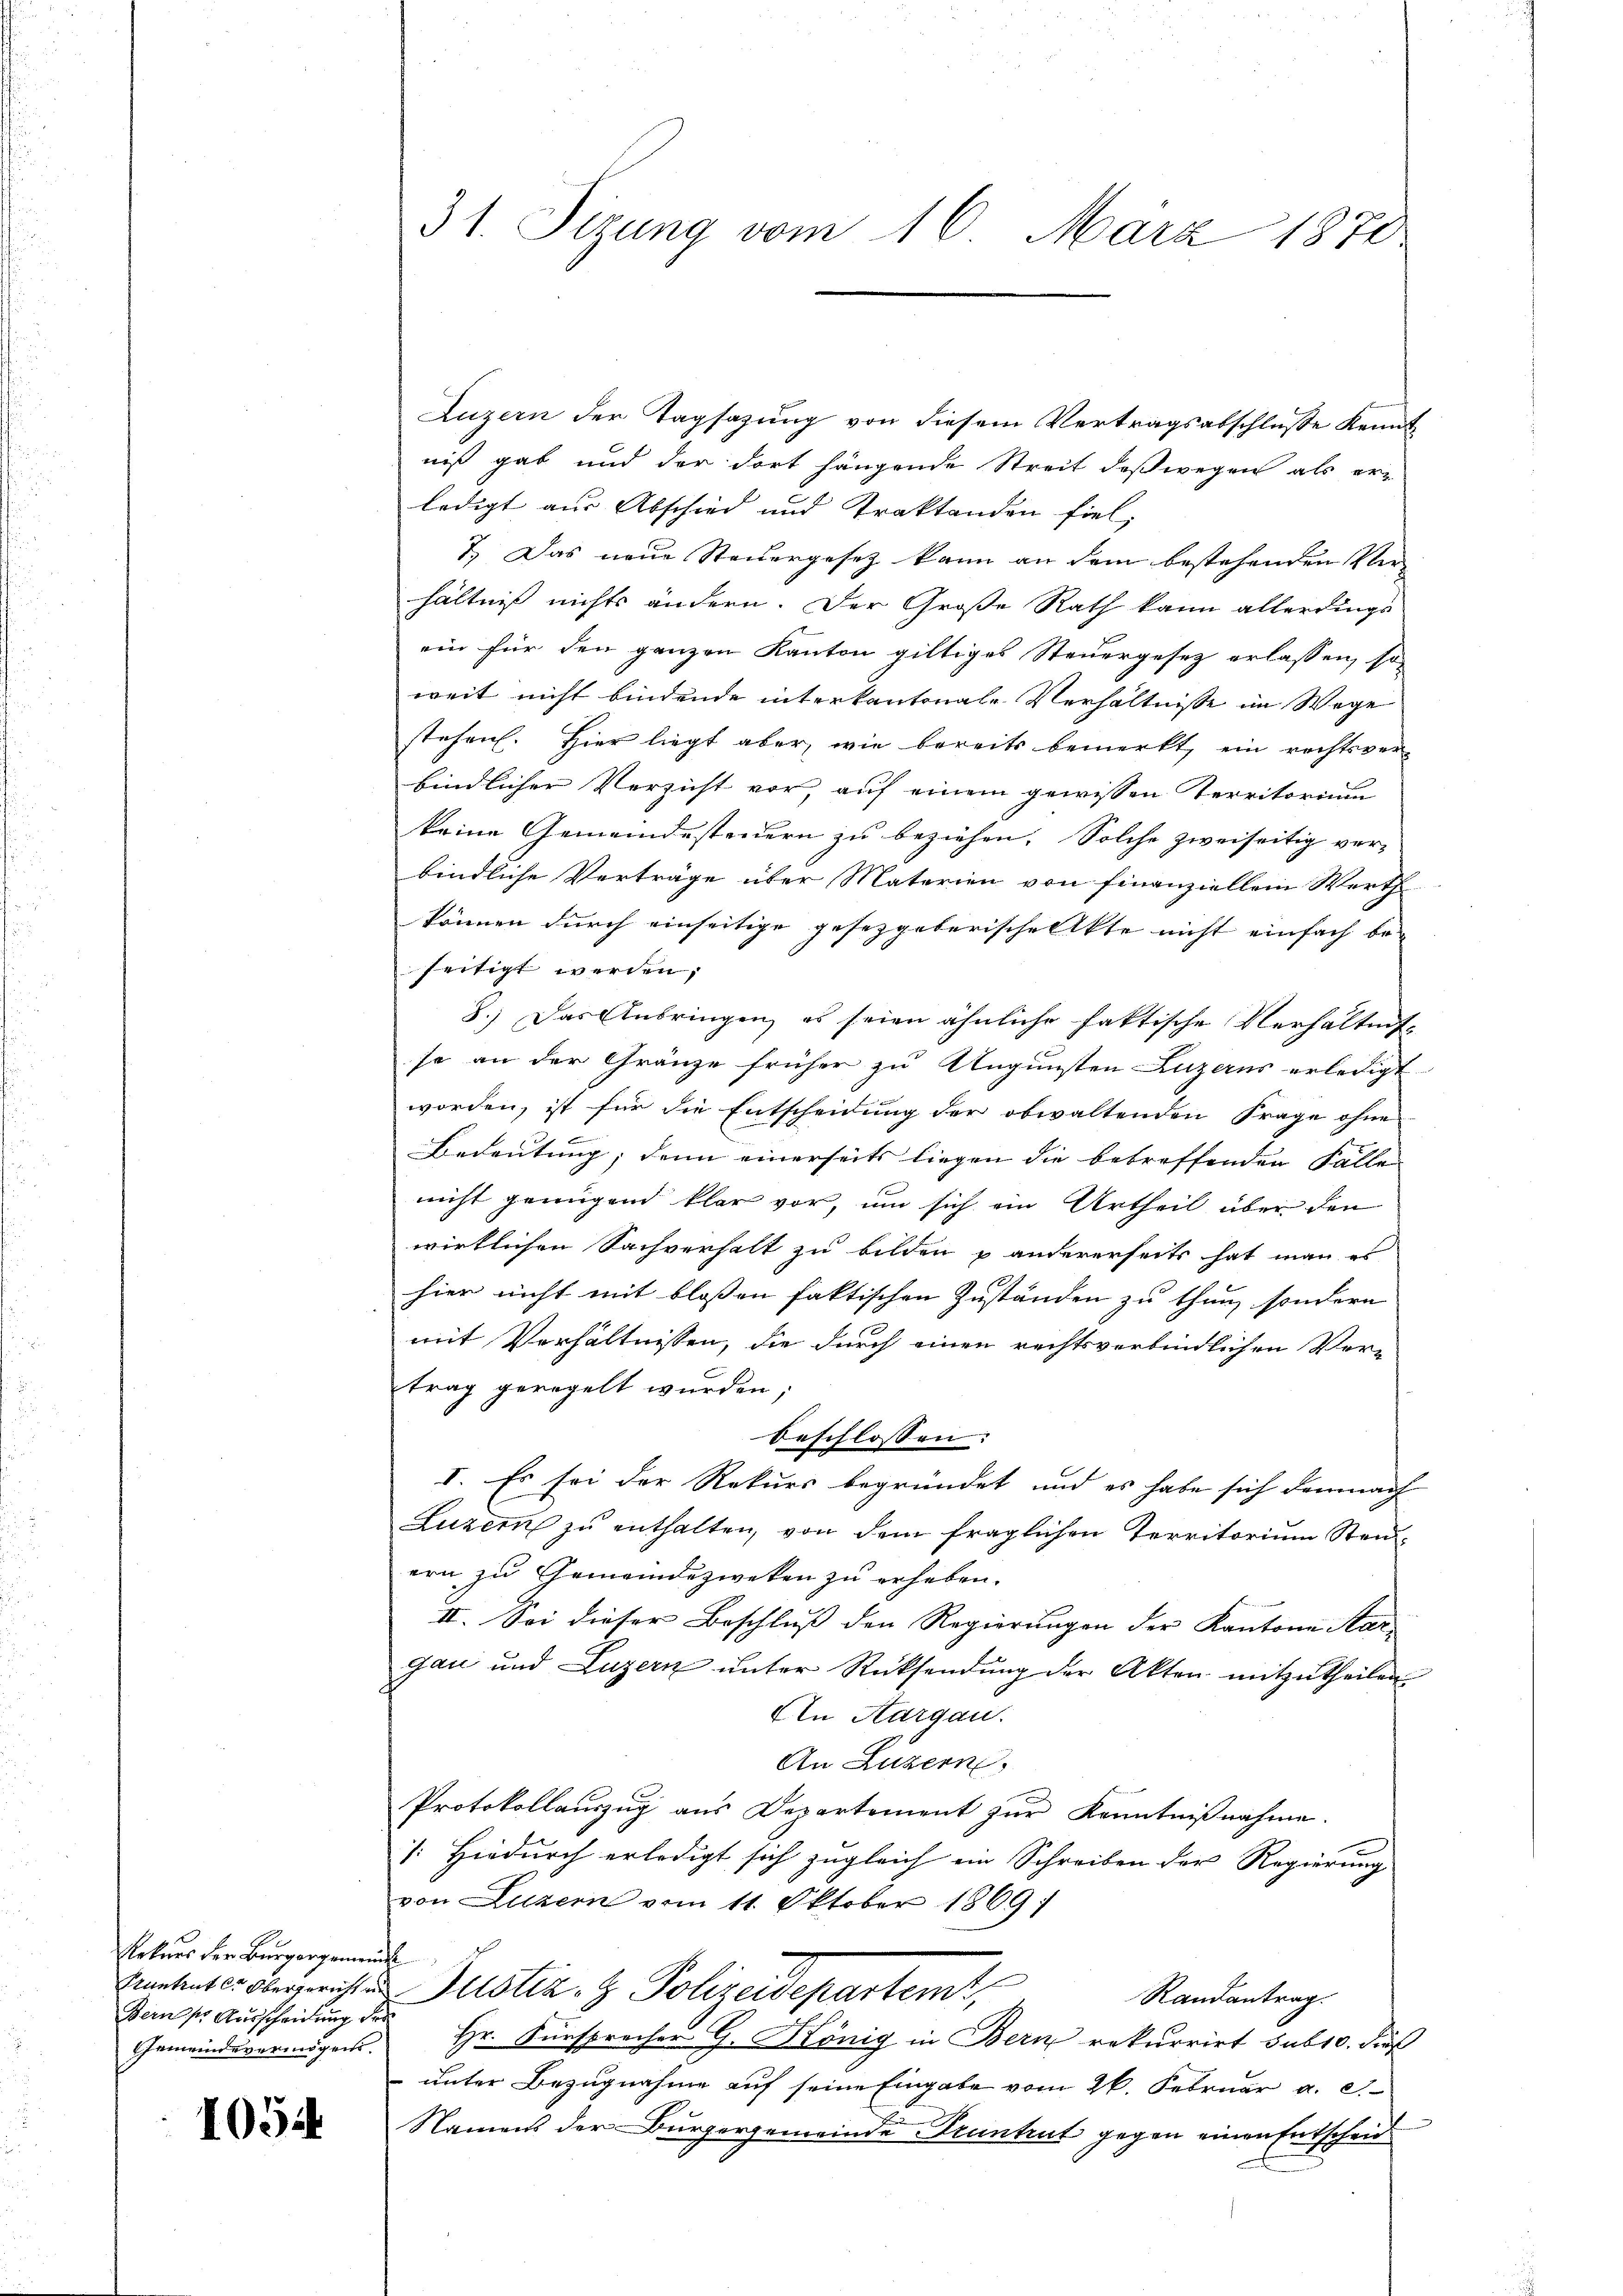
Artner der Bürgergemeinde
Berner Ausscheidung des
Gemeindevermögens.

1054

Luzern der Tagsazung von diesem Vertragsabschluße Kennt
niß gab und der dort hängende Streit deßwegen als erledigt aus Abschied und Traktanden fiel.
7.) Das neue Steuergesetz kann an dem bestehenden Ver-
hältniß nichts ändern. Der Große Rath kann allerdings
ein für den ganzen Kanton giltiges Steuergesetz erlassen, so
weit nicht bindende interkantonale Verhältnisse im Wege
stehen. Hier liegt aber, wie bereits bemerkt, ein rechtsverbindlicher Verzicht vor auf einem gewissen Territorium
keine Gemeindesteuern zu beziehen. Solche zweiseitig ver-
bindliche Verträge über Materien von finanziellein Werth
können durch einseitige gesetzgeberischenkte nicht einfach be-
seitigt werden.
8.) Das Anbringen, es seien ähnliche faktische Verhältnis-
so an der Gränze früher zu Ungunsten Luzerns erledigt
worden, ist für die Entscheidung der obwaltenden Frage ohne
Bedeutung; denn einerseits liegen die betreffenden Fälle
nicht genügend klar vor, um sich ein Urtheil über den
wirklichen Sachverhalt zu bilden & andererseits hat man es
hier nicht mit blossen faktischen Zuständen zu thun, sondern
mit Verhältnissen, die durch einen rechtsverbindlichen Ver-
trag geregelt wurden;
beschlossen:
I. Es sei der Rekurs begründet und es habe sich demnach
Luzern zu enthalten, von dem fraglichen Territorium Steuern zu Gemeindezweken zu erheben.
II. Sei dieser Beschluss den Regierungen der Kantone Mar
gau und Luzern ŭnter Rücksendŭng der Akten mitzutheilen.
An Aargau.
An Luzern,
Protokollauszug aus Departement zur Kenntnißnahme.
[: Hiedurch erledigt sich zugleich ein Schreiben der Regierung
von Luzern vom 11. Oktober 1869
Prantenter obergericht ein Justiz- & Polizeidepartem
Randantrag.
Hr. Fürsprecher G. König in Bern rekurrirt sub 10. dies
 unter Bezugnahme auf seine Eingabe vom 26. Februar a. c.
Namens der Burgergemeinde Truntrut gegen einen Entscheid

31. Sizung vom 16. März 1870